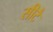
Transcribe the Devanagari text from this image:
सीटै